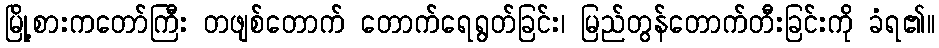
မြို့စားကတော်ကြီး တဖျစ်တောက် တောက်ရေရွတ်ခြင်း၊ မြည်တွန်တောက်တီးခြင်းကို ခံရ၏။